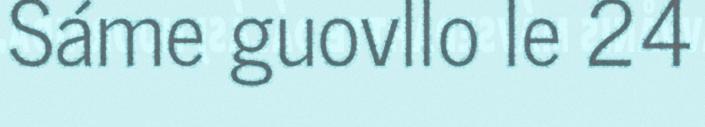
Sáme guovllo le 24